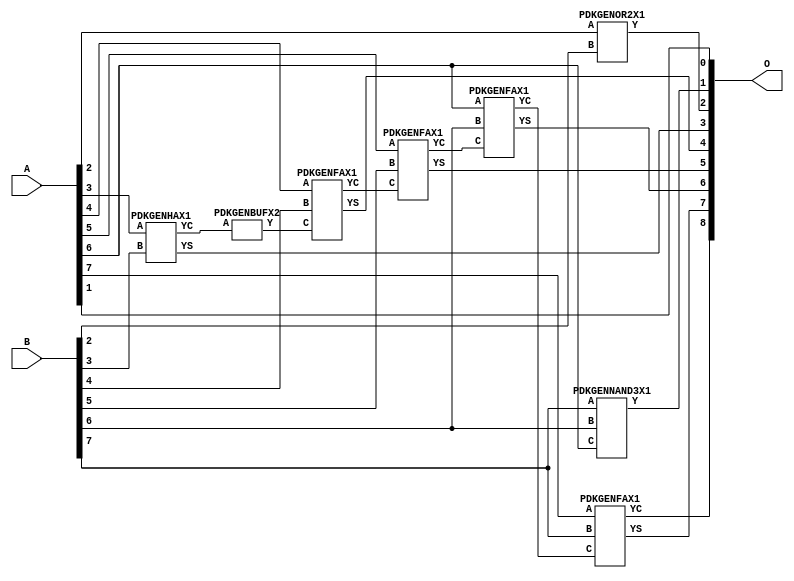
// Library = EvoApprox8b
// Circuit = add8_232
// Area   (180) = 652
// Delay  (180) = 1.090
// Power  (180) = 201.70
// Area   (45) = 47
// Delay  (45) = 0.410
// Power  (45) = 19.48
// Nodes = 8
// HD = 150656
// MAE = 2.16016
// MSE = 8.25000
// MRE = 1.10 %
// WCE = 9
// WCRE = 200 %
// EP = 83.0 %

module add8_232(A, B, O);
  input [7:0] A;
  input [7:0] B;
  output [8:0] O;
  wire [2031:0] N;

  assign N[0] = A[0];
  assign N[1] = A[0];
  assign N[2] = A[1];
  assign N[3] = A[1];
  assign N[4] = A[2];
  assign N[5] = A[2];
  assign N[6] = A[3];
  assign N[7] = A[3];
  assign N[8] = A[4];
  assign N[9] = A[4];
  assign N[10] = A[5];
  assign N[11] = A[5];
  assign N[12] = A[6];
  assign N[13] = A[6];
  assign N[14] = A[7];
  assign N[15] = A[7];
  assign N[16] = B[0];
  assign N[17] = B[0];
  assign N[18] = B[1];
  assign N[19] = B[1];
  assign N[20] = B[2];
  assign N[21] = B[2];
  assign N[22] = B[3];
  assign N[23] = B[3];
  assign N[24] = B[4];
  assign N[25] = B[4];
  assign N[26] = B[5];
  assign N[27] = B[5];
  assign N[28] = B[6];
  assign N[29] = B[6];
  assign N[30] = B[7];
  assign N[31] = B[7];

  PDKGENNAND3X1 n34(.A(N[30]), .B(N[28]), .C(N[12]), .Y(N[34]));
  PDKGENOR2X1 n132(.A(N[4]), .B(N[20]), .Y(N[132]));
  assign N[133] = N[132];
  PDKGENHAX1 n182(.A(N[6]), .B(N[22]), .YS(N[182]), .YC(N[183]));
  PDKGENBUFX2 n220(.A(N[183]), .Y(N[220]));
  assign N[221] = N[220];
  PDKGENFAX1 n232(.A(N[8]), .B(N[24]), .C(N[221]), .YS(N[232]), .YC(N[233]));
  PDKGENFAX1 n282(.A(N[10]), .B(N[26]), .C(N[233]), .YS(N[282]), .YC(N[283]));
  PDKGENFAX1 n332(.A(N[12]), .B(N[28]), .C(N[283]), .YS(N[332]), .YC(N[333]));
  PDKGENFAX1 n382(.A(N[14]), .B(N[30]), .C(N[333]), .YS(N[382]), .YC(N[383]));

  assign O[0] = N[2];
  assign O[1] = N[34];
  assign O[2] = N[133];
  assign O[3] = N[182];
  assign O[4] = N[232];
  assign O[5] = N[282];
  assign O[6] = N[332];
  assign O[7] = N[382];
  assign O[8] = N[383];

endmodule
/* mod */
module PDKGENFAX1( input A, input B, input C, output YS, output YC );
    assign YS = (A ^ B) ^ C;
    assign YC = (A & B) | (B & C) | (A & C);
endmodule
/* mod */
module PDKGENOR2X1(input A, input B, output Y );
     assign Y = A | B;
endmodule
/* mod */
module PDKGENHAX1( input A, input B, output YS, output YC );
    assign YS = A ^ B;
    assign YC = A & B;
endmodule
/* mod */
module PDKGENNAND3X1(input A, input B, input C, output Y );
     assign Y = ~((A & B) & C);
endmodule
/* mod */
module PDKGENBUFX2(input A, output Y );
     assign Y = A;
endmodule